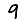
Digit: 9